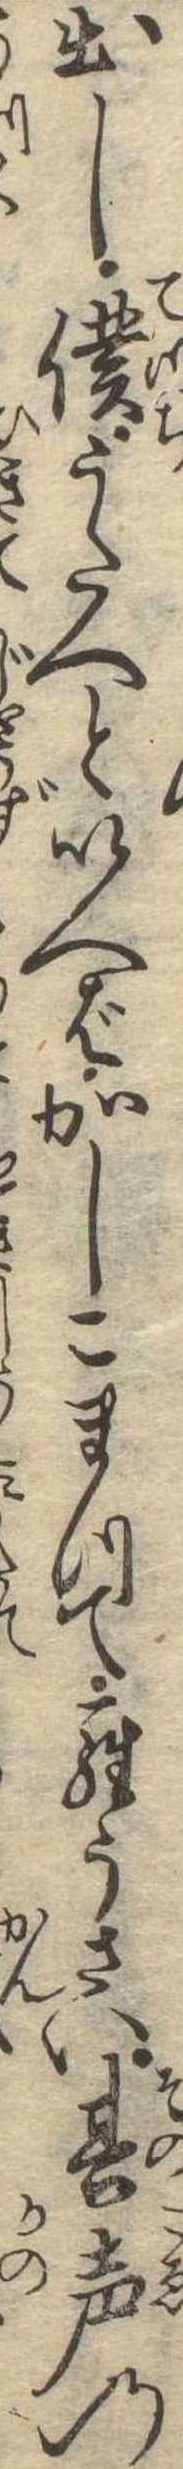
出し僕うたへといへばかしこまつてらうさい其声の